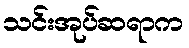
သင်းအုပ်ဆရာက